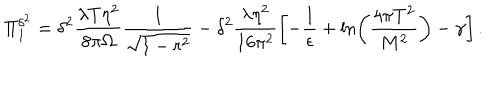
\Pi _ { 1 } ^ { \delta ^ { 2 } } = \delta ^ { 2 } \frac { \lambda T \eta ^ { 2 } } { 8 \pi \Omega } \frac { 1 } { \sqrt { 1 - r ^ { 2 } } } - \delta ^ { 2 } \frac { \lambda \eta ^ { 2 } } { 1 6 \pi ^ { 2 } } \left[ - \frac { 1 } { \epsilon } + \ln \left( \frac { 4 \pi T ^ { 2 } } { M ^ { 2 } } \right) - \gamma \right] .